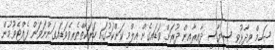
ޝަހީމް ވިދާޅުވީ ސިޔާސީ ދާއިރާއިން ދުރަށް ވަޑައިގެން އިލްމީ ކަންކަމުގައި ހަރަކާތްތެރިވެވަޑައިގަންނަވަން ފެއްޓެވުމުން